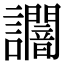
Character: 𧮍